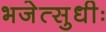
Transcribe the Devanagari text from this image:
भजेत्सुधीः